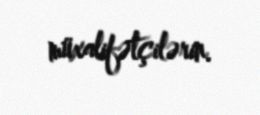
müxalifətçilərin.